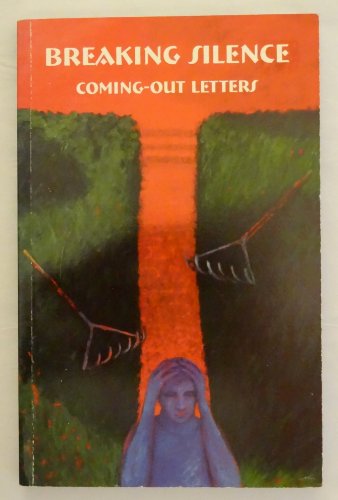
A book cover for Breaking Silence: Coming-Out Letters; Odell Bohlin-Davis; Gay & Lesbian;